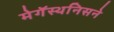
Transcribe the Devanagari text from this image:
मेगॅस्थनिसने